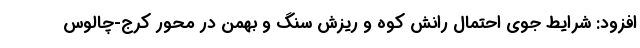
افزود: شرایط جوی احتمال رانش کوه و ریزش سنگ و بهمن در محور کرج-چالوس